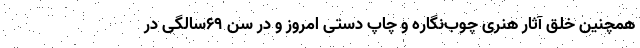
همچنین خلق آثار هنری چوب‌نگاره و چاپ دستی امروز و در سن ۶۹سالگی در